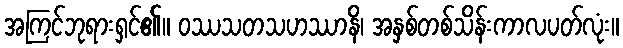
အကြင်ဘုရားရှင်၏။ ဝဿသတသဟဿာနိ၊ အနှစ်တစ်သိန်းကာလပတ်လုံး။